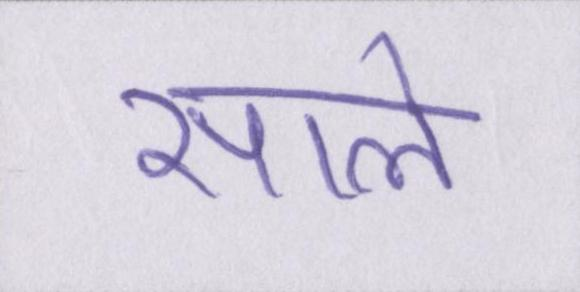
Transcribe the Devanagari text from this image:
साले